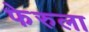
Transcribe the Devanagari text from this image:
फेरुला